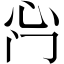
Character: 𫹰